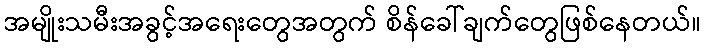
အမျိုးသမီးအခွင့်အရေးတွေအတွက် စိန်ခေါ်ချက်တွေဖြစ်နေတယ်။